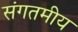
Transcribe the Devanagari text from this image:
संगतमीय